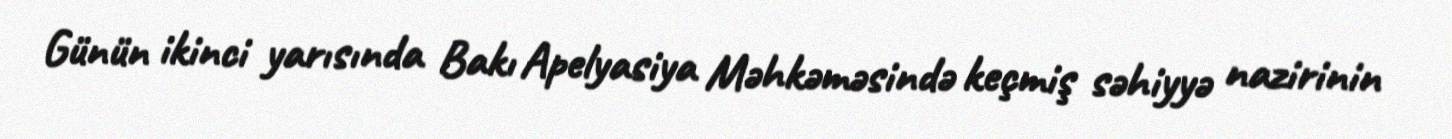
Günün ikinci yarısında Bakı Apelyasiya Məhkəməsində keçmiş səhiyyə nazirinin